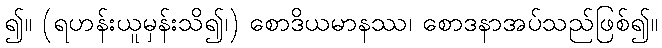
၍။ (ရဟန်းယူမှန်းသိ၍၊) စောဒိယမာနဿ၊ စောဒနာအပ်သည်ဖြစ်၍။